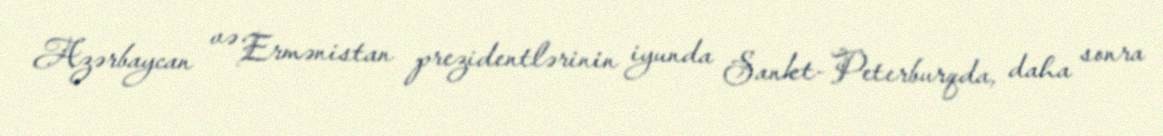
Azərbaycan və Ermənistan prezidentlərinin iyunda Sankt-Peterburqda, daha sonra